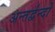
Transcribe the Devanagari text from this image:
अन्तर्द्वन्दों